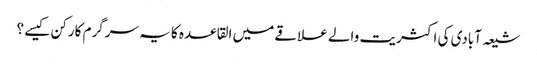
شیعہ آبادی کی اکثریت والے علاقے میں القاعدہ کا یہ سرگرم کارکن کیسے ؟